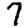
Digit: 7